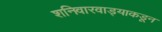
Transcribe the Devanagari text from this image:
शनिवारवाड्याकडून